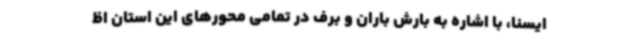
ایسنا، با اشاره به بارش باران و برف در تمامی محورهای این استان اظ